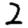
Digit: 2